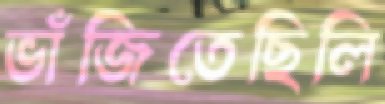
ভাঁজিতেছিলি